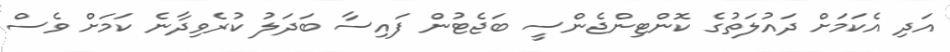
އަދި އެކަމަށް ދައުލަތުގެ ކޮންޓިންޖެންސީ ބަޖެޓުން ފައިސާ ބަދަލު ކުރެވިދާނެ ކަމަށް ވެސް